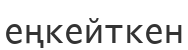
еңкейткен